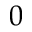
0